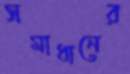
সমাধানের